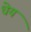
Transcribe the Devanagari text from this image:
धेय